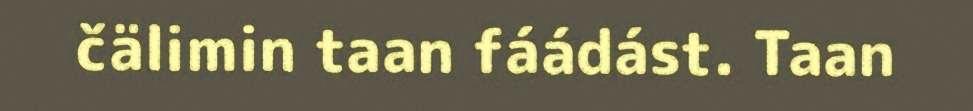
čälimin taan fáádást. Taan